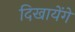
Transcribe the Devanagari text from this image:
दिखायेंगे